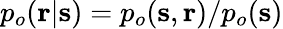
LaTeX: p_{o}(\mathbf{r}|\mathbf{s})=p_{o}(\mathbf{s},\mathbf{r})/p_{o}(\mathbf{s})